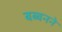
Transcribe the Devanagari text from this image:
बब्बनने